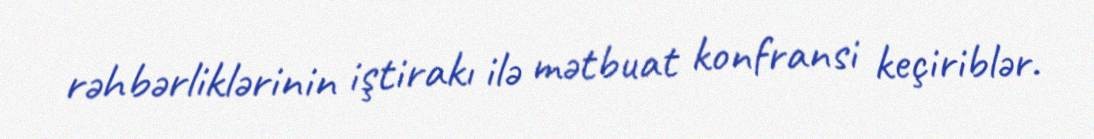
rəhbərliklərinin iştirakı ilə mətbuat konfransi keçiriblər.